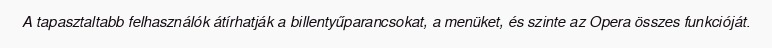
A tapasztaltabb felhasználók átírhatják a billentyűparancsokat, a menüket, és szinte az Opera összes funkcióját.